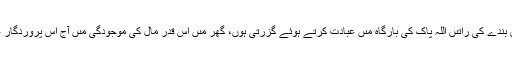
فرماىا : مجھے ىہ فِکر دامن گىر ہے کہ جس بندے کى راتىں اللہ پاک کى بارگاہ مىں عبادت کرتے ہوئے گزرتى ہوں، گھر مىں اِس قدر مال کى موجودگى مىں آج اس پَروردگار عَزَّ وَجَلَّ کے دَربار مىں کىسے حاضِر ہو گا؟